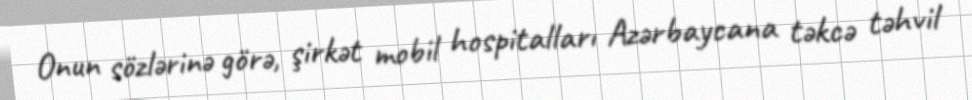
Onun sözlərinə görə, şirkət mobil hospitalları Azərbaycana təkcə təhvil